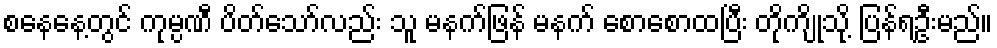
စနေနေ့တွင် ကုမ္ပဏီ ပိတ်သော်လည်း သူ မနက်ဖြန် မနက် စောစောထပြီး တိုကျိုသို့ ပြန်ရဦးမည်။